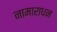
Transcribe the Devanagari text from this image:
नामाराधन